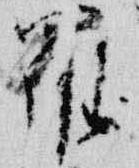
羅